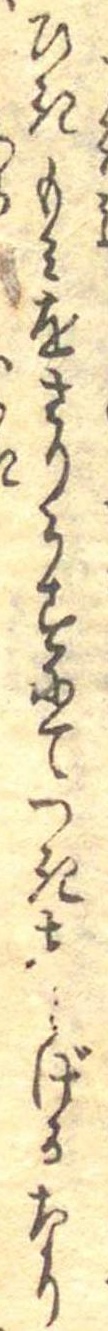
ひきもみをさりうすにてつきしらげるなり